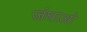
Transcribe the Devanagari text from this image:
जंघाओ